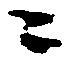
ニ